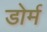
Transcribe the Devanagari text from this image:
डोर्म